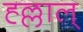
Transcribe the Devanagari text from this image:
ह्ल्लाल्